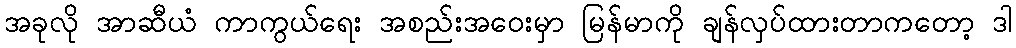
အခုလို အာဆီယံ ကာကွယ်ရေး အစည်းအဝေးမှာ မြန်မာကို ချန်လှပ်ထားတာကတော့ ဒါ